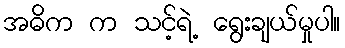
အဓိက က သင့်ရဲ့ ရွေးချယ်မှုပါ။